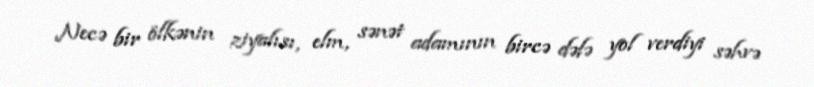
Necə bir ölkənin ziyalısı, elm, sənət adamının bircə dəfə yol verdiyi səhvə